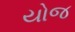
યોજ